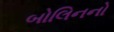
બોલિનનો